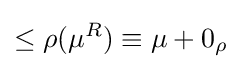
\leq \rho (\mu ^{R})\equiv \mu +0_{\rho }